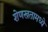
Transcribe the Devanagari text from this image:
शेणखतामध्ये